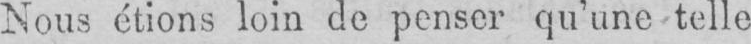
Nous étions loin de penser qu’une telle